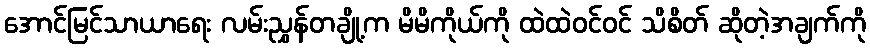
အောင်မြင်သာယာရေး လမ်းညွှန်တချို့က မိမိကိုယ်ကို ထဲထဲဝင်ဝင် သိစိတ် ဆိုတဲ့အချက်ကို